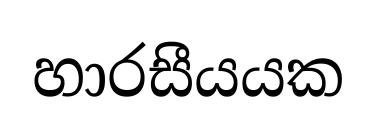
හාරසීයයක